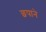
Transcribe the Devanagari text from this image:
छपाने